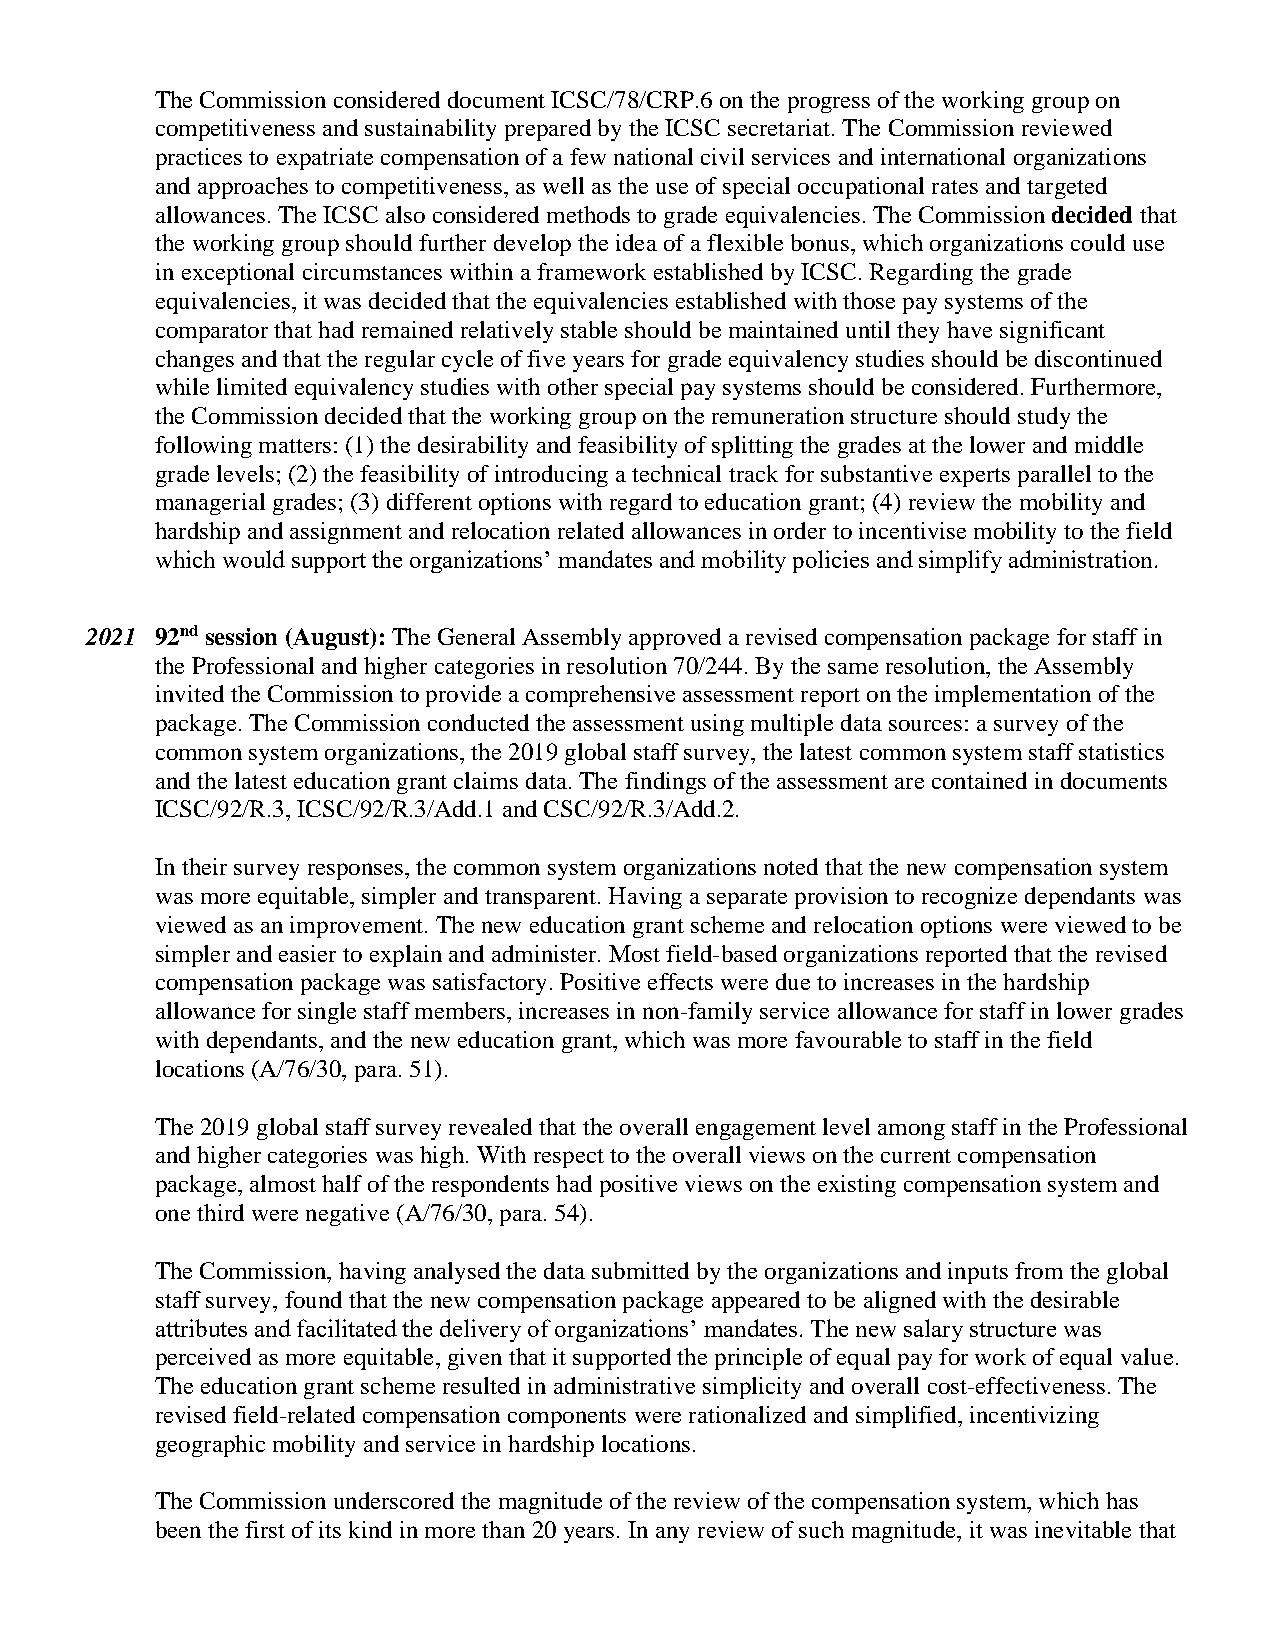
The Commission considered document ICSC/78/CRP.6 on the progress of the working group on
 competitiveness and sustainability prepared by the ICSC secretariat. The Commission reviewed
 practices to expatriate compensation of a few national civil services and international organizations
 and approaches to competitiveness, as well as the use of special occupational rates and targeted
 allowances. The ICSC also considered methods to grade equivalencies. The Commission decided that
 the working group should further develop the idea of a flexible bonus, which organizations could use
 in exceptional circumstances within a framework established by ICSC. Regarding the grade
 equivalencies, it was decided that the equivalencies established with those pay systems of the
 comparator that had remained relatively stable should be maintained until they have significant
 changes and that the regular cycle of five years for grade equivalency studies should be discontinued
 while limited equivalency studies with other special pay systems should be considered. Furthermore,
 the Commission decided that the working group on the remuneration structure should study the
 following matters: (1) the desirability and feasibility of splitting the grades at the lower and middle
 grade levels; (2) the feasibility of introducing a technical track for substantive experts parallel to the
 managerial grades; (3) different options with regard to education grant; (4) review the mobility and
 hardship and assignment and relocation related allowances in order to incentivise mobility to the field
 which would support the organizations’ mandates and mobility policies and simplify administration.
 2021 92nd session (August): The General Assembly approved a revised compensation package for staff in
 the Professional and higher categories in resolution 70/244. By the same resolution, the Assembly
 invited the Commission to provide a comprehensive assessment report on the implementation of the
 package. The Commission conducted the assessment using multiple data sources: a survey of the
 common system organizations, the 2019 global staff survey, the latest common system staff statistics
 and the latest education grant claims data. The findings of the assessment are contained in documents
 ICSC/92/R.3, ICSC/92/R.3/Add.1 and CSC/92/R.3/Add.2.
 In their survey responses, the common system organizations noted that the new compensation system
 was more equitable, simpler and transparent. Having a separate provision to recognize dependants was
 viewed as an improvement. The new education grant scheme and relocation options were viewed to be
 simpler and easier to explain and administer. Most field-based organizations reported that the revised
 compensation package was satisfactory. Positive effects were due to increases in the hardship
 allowance for single staff members, increases in non-family service allowance for staff in lower grades
 with dependants, and the new education grant, which was more favourable to staff in the field
 locations (A/76/30, para. 51).
 The 2019 global staff survey revealed that the overall engagement level among staff in the Professional
 and higher categories was high. With respect to the overall views on the current compensation
 package, almost half of the respondents had positive views on the existing compensation system and
 one third were negative (A/76/30, para. 54).
 The Commission, having analysed the data submitted by the organizations and inputs from the global
 staff survey, found that the new compensation package appeared to be aligned with the desirable
 attributes and facilitated the delivery of organizations’ mandates. The new salary structure was
 perceived as more equitable, given that it supported the principle of equal pay for work of equal value.
 The education grant scheme resulted in administrative simplicity and overall cost-effectiveness. The
 revised field-related compensation components were rationalized and simplified, incentivizing
 geographic mobility and service in hardship locations.
 The Commission underscored the magnitude of the review of the compensation system, which has
 been the first of its kind in more than 20 years. In any review of such magnitude, it was inevitable that